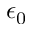
\epsilon _ { 0 }